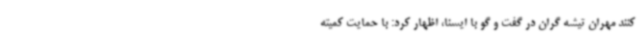
کنند مهران تیشه گران در گفت و گو با ایسنا، اظهار کرد: با حمایت کمیته